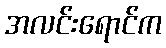
အလင်းရောင်က